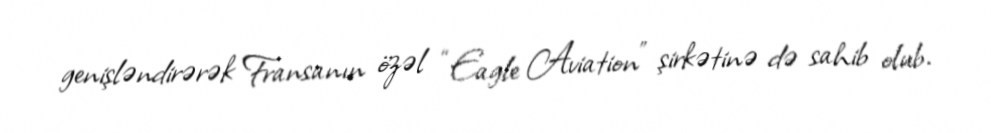
genişləndirərək Fransanın özəl “Eagle Aviation” şirkətinə də sahib olub.